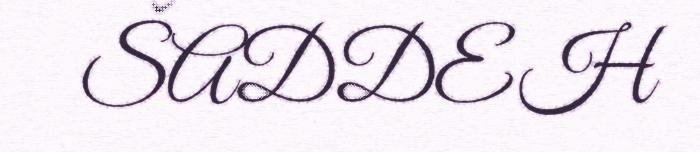
ŠADDEH